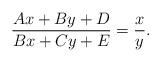
LaTeX: \begin{align*}\frac{{Ax + By + D}}{{Bx + Cy + E}} = \frac{x}{y}.\end{align*}